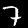
Digit: 7